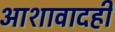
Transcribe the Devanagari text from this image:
आशावादही